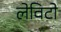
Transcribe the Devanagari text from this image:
लेविटो